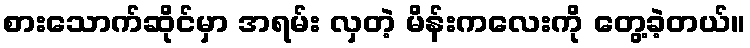
စားသောက်ဆိုင်မှာ အရမ်း လှတဲ့ မိန်းကလေးကို တွေ့ခဲ့တယ်။